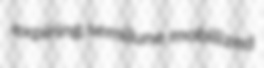
expiring semilune mobilized